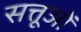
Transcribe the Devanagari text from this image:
सत्तूओं